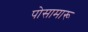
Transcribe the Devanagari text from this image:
पोसामारू